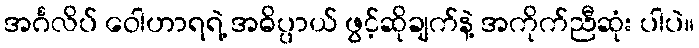
အင်္ဂလိပ် ဝေါဟာရရဲ့ အဓိပ္ပာယ် ဖွင့်ဆိုချက်နဲ့ အကိုက်ညီဆုံး ပါပဲ။